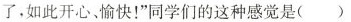
了，如此开心、愉快！”同学们的这种感觉是()